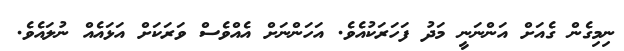
ނިމިގެން ގެއަށް އަންނަނީ މަދު ފަހަރަކުއެވެ. އަހަންނަށް އެއްވެސް ވަރަކަށް އަޅައެއް ނުލައެވެ.